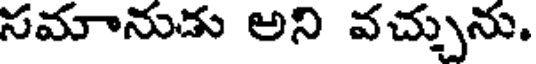
సమానుడు అని వచ్చును.